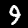
Label: 9